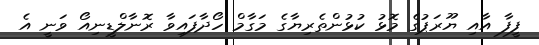
ފީފާ އާއި ޔޫރަޕުގެ މޮޅު ކުޅުންތެރިޔާގެ މަގާމް ހޯދާފައިވާ ރޮނާލްޑީނިއޯ ވަނީ އެ